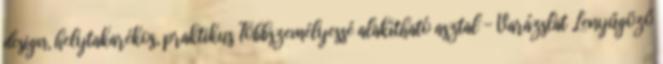
design, helytakarékos, praktikus Többszemélyessé alakítható asztal - Varázslat Lenyűgöző